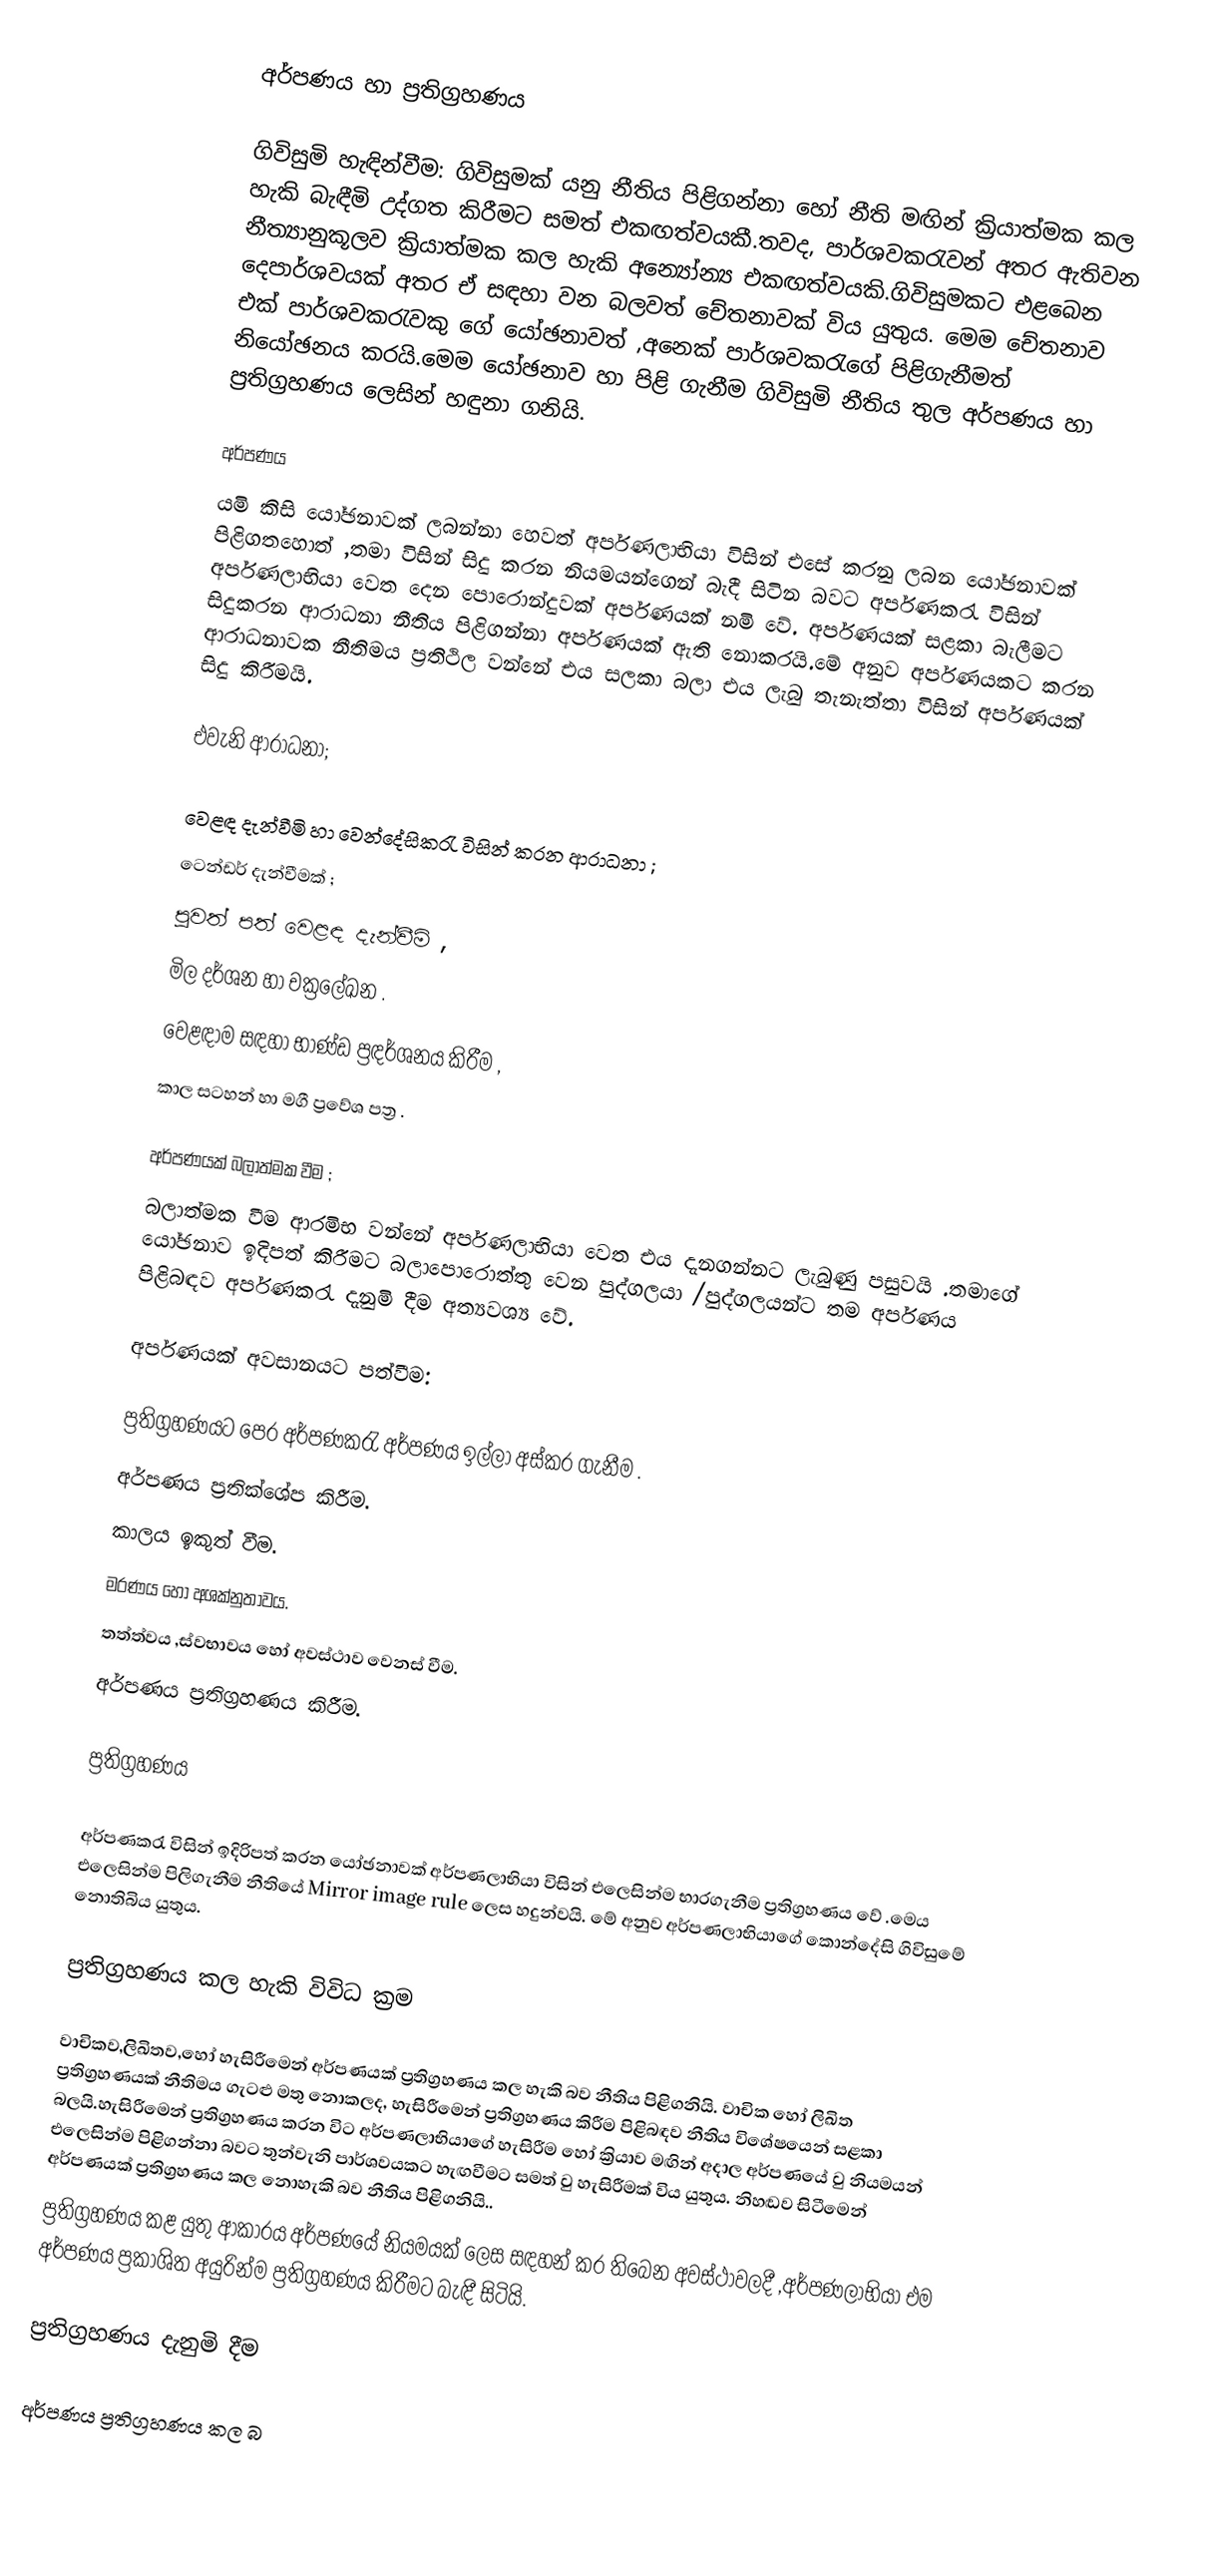
අර්පණය හා ප්‍රතිග්‍රහණය

ගිවිසුමි හැඳින්වීම:  ගිවිසුමක් යනු නීතිය පිළිගන්නා හෝ නීති මඟින් ක්‍රියාත්මක කල හැකි බැඳීමි උද්ගත කිරීමට සමත් එකඟත්වයකී.තවද, පාර්ශවකරැවන් අතර ඇතිවන නීත්‍යානුකූලව ක්‍රියාත්මක කල හැකි අන්‍යෝන්‍ය  එකඟත්වයකි.ගිවිසුමකට එළබෙන දෙපාර්ශවයක් අතර ඒ සඳහා වන බලවත් චේතනාවක් විය යුතුය. මෙම චේතනාව එක් පාර්ශවකරැවකු ගේ යෝඡනාවත් ,අනෙක් පාර්ශවකරැගේ පිළිගැනීමත් නියෝඡනය කරයි.මෙම යෝඡනාව හා පිළි ගැනීම ගිවිසුමි නීතිය තුල අර්පණය හා ප්‍රතිග්‍රහණය ලෙසින් හඳුනා ගනියි.

අර්පණය
යමි කිසි යෝඡනාවක් ලබන්නා හෙවත් අර්පණලාභියා විසින් එසේ කරනු ලබන යෝඡනාවක් පිළිගතහොත් ,තමා විසින් සිදු කරන නියමයන්ගෙන් බැදී සිටින බවට අර්පණකරැ විසින් අර්පණලාභියා වෙත දෙන පොරොන්දුවක් අර්පණයක් නමි වේ. අර්පණයක් සළකා බැලීමට සිදුකරන ආරාධනා නීතිය පිළිගන්නා අර්පණයක් ඇති නොකරයි.මේ අනුව අර්පණයකට කරන ආරාධනාවක නීතිමය ප්‍රතිථිල වන්නේ එය සලකා බලා එය ලැබු තැනැත්තා විසින් අර්පණයක් සිදු කිරීමයි.

එවැනි ආරාධනා;

වෙළඳ දැන්වීමි හා වෙන්දේසිකරැ විසින් කරන ආරාධනා ;
ටෙන්ඩර් දැන්වීමක් ;
පුවත් පත් වෙළඳ දැන්වීමි ,
මිල දර්ශන හා චක්‍රලේඛන .
වෙළඳාම සඳහා භාණ්ඩ ප්‍රඳර්ශනය කිරීම ,
කාල සටහන් හා මගී ප්‍රවේශ පත්‍ර .

අර්පණයක් බලාත්මක වීම ;
බලාත්මක වීම  ආරමිභ වන්නේ අර්පණලාභියා වෙත එය දැනගන්නට ලැබුණු පසුවයි .තමාගේ යෝඡනාව ඉදිපත් කිරීමට බලාපොරොත්තු වෙන පුද්ගලයා /පුද්ගලයන්ට තම අර්පණය  පිළිබඳව අර්පණකරැ දැනුමි දීම අත්‍යවශ්‍ය වේ.

අර්පණයක් අවසානයට පත්වීම:

ප්‍රතිග්‍රහණයට පෙර අර්පණකරැ අර්පණය ඉල්ලා අස්කර ගැනීම .
අර්පණය ප්‍රතික්ශේප කිරීම.
කාලය ඉකුත් වීම.
මරණය හෝ අශක්නුතාවය.
තත්ත්වය ,ස්වභාවය හෝ අවස්ථාව වෙනස් වීම.
අර්පණය ප්‍රතිග්‍රහණය කිරීම.

ප්‍රතිග්‍රහණය

අර්පණකරැ විසින් ඉදිරිපත් කරන යෝඡනාවක් අර්පණලාභියා විසින් එලෙසින්ම භාරගැනීම ප්‍රතිග්‍රහණය වේ .මෙය එලෙසින්ම පිලිගැනීම නීතියේ  Mirror image rule  ලෙස හදුන්වයි. මේ අනුව අර්පණලාභියාගේ කොන්දේසි ගිවිසුමේ නොතිබිය යුතුය.

ප්‍රතිග්‍රහණය කල හැකි විවිධ ක්‍රම

වාචිකව,ලිඛිතව,හෝ හැසිරීමෙන් අර්පණයක් ප්‍රතිග්‍රහණය කල හැකි බව නීතිය පිළිගනියි. වාචික හෝ ලිඛිත ප්‍රතිග්‍රහණයක් නීතිමය ගැටළු මතු නොකලද, හැසිරීමෙන් ප්‍රතිග්‍රහණය කිරීම පිළිබඳව නීතිය විශේෂයෙන් සළකා බලයි.හැසිරීමෙන් ප්‍රතිග්‍රහණය කරන විට අර්පණලාභියාගේ හැසිරීම හෝ ක්‍රියාව  මඟින් අදාල අර්පණයේ වු නියමයන් එලෙසින්ම පිළිගන්නා බවට තුන්වැනි පාර්ශවයකට හැඟවීමට සමත් වු හැසිරීමක් විය යුතුය. නිහඬව සිටීමෙන් අර්පණයක් ප්‍රතිග්‍රහණය කල නොහැකි බව නීතිය පිළිගනියි..
ප්‍රතිග්‍රහණය කළ යුතු ආකාරය අර්පණයේ නියමයක් ලෙස සඳහන් කර තිබෙන අවස්ථාවලදී ,අර්පණලාභියා එම අර්පණය  ප්‍රකාශිත අයුරින්ම ප්‍රතිග්‍රහණය කිරීමට බැඳී සිටියි.

ප්‍රතිග්‍රහණය දැනුමි දීම

අර්පණය ප්‍රතිග්‍රහණය කල බ